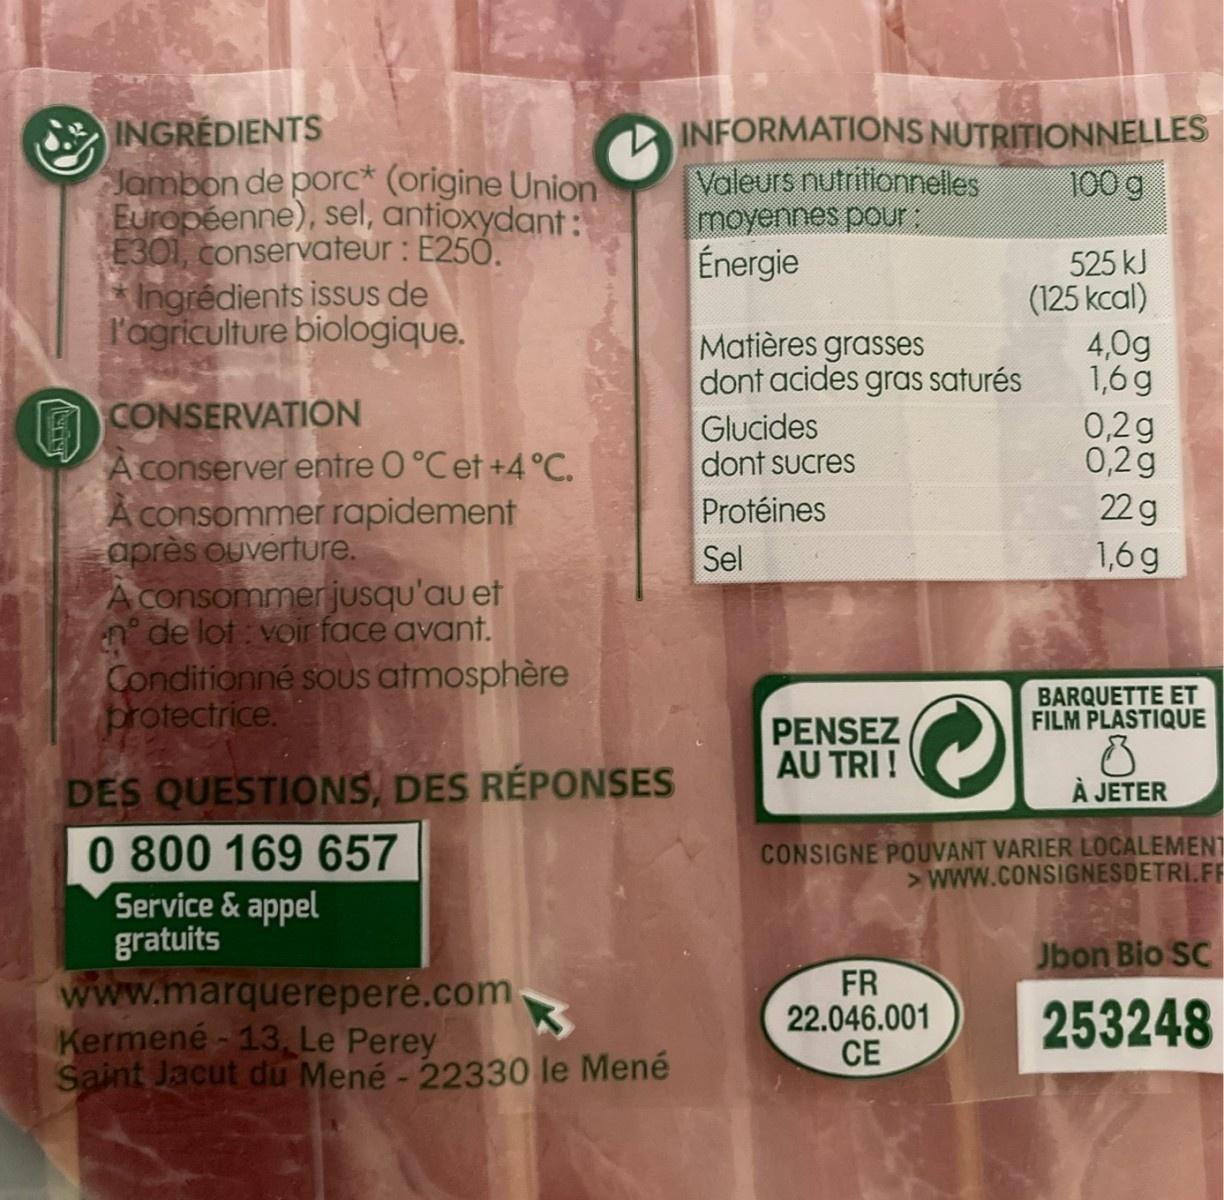
INGREDIENTS Jambon de porc* (origine Union Européenne), sel, antioxydant: E301, conservateur : E250. Ingrêdients issUs de l'agriculture biologique. INFORMATIONS NUTRITIONNELLES Valeurs nutritionnelles moyennes pour: Énergie 100 g 525 kJ (125 kcal) 4,0g 1,6g 0,2g 0,2g Matières grasses dont acides gras saturés B CONSERVATION A conserver entre O°C et +4 °C. A consommer rapidement après ouverture. A consommerjusqu'au et ' de lot : voir face avant. Conditionné soUs atmosphère protectrice. Glucides dont sucres Protéines 22 g Sel 1,6g BARQUETTE ET FILM PLASTIQUE PENSEZ AU TRI ! DES QUESTIONS, DES RÉPONSES 0 800 169 657 Service& appel gratuits www.marquerepere.com- Kermené - 13, Le Perey Saint Jacut du Mené - 22330 le Mené À JETER CONSIGNE POUVANT VARIER LOCALEMENT >www.CONSIGNESDETRI.FF Jbon Bio SC FR 22.046.001 CE 253248